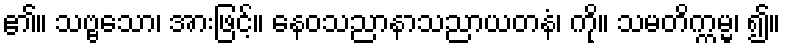
၏။ သဗ္ဗသော၊ အားဖြင့်။ နေဝသညာနာသညာယတနံ၊ ကို။ သမတိက္ကမ္မ၊ ၍။